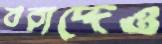
বরাদ্দেও